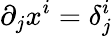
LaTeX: \partial_{j}x^{i}=\delta_{j}^{i}